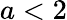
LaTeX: a<2